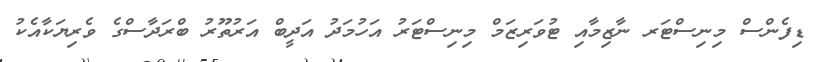
ޑިފެންސް މިނިސްޓަރ ނާޒިމާއި ޓުވަރިޒަމް މިނިސްޓަރު އަހުމަދު އަދީބް އަރުތޫރު ބްރަދާސްގެ ވެރިޔަކާއެކު